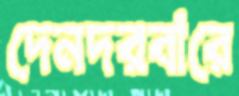
দেনদরবারে